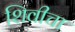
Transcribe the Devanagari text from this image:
शिवीचा